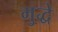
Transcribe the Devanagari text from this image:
मुद्धे